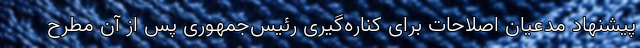
پیشنهاد مدعیان اصلاحات برای کناره‌گیری رئیس‌جمهوری پس ‌از آن مطرح